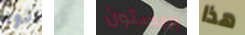
تود أن بريستون هذا